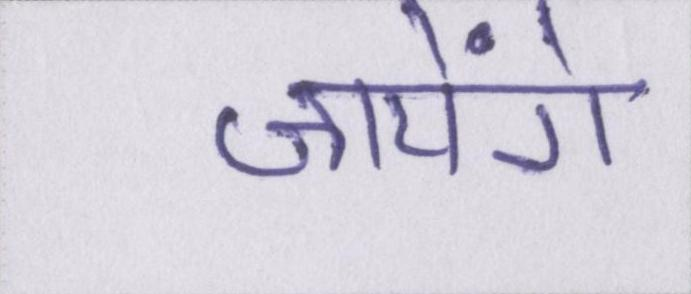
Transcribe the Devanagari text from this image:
जायेंगे